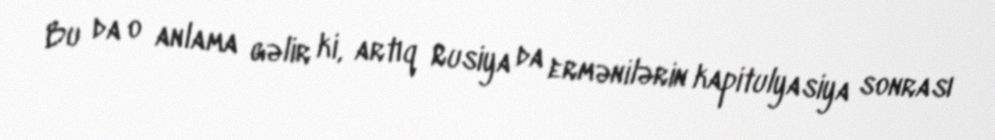
Bu da o anlama gəlir ki, artıq Rusiya da ermənilərin kapitulyasiya sonrası